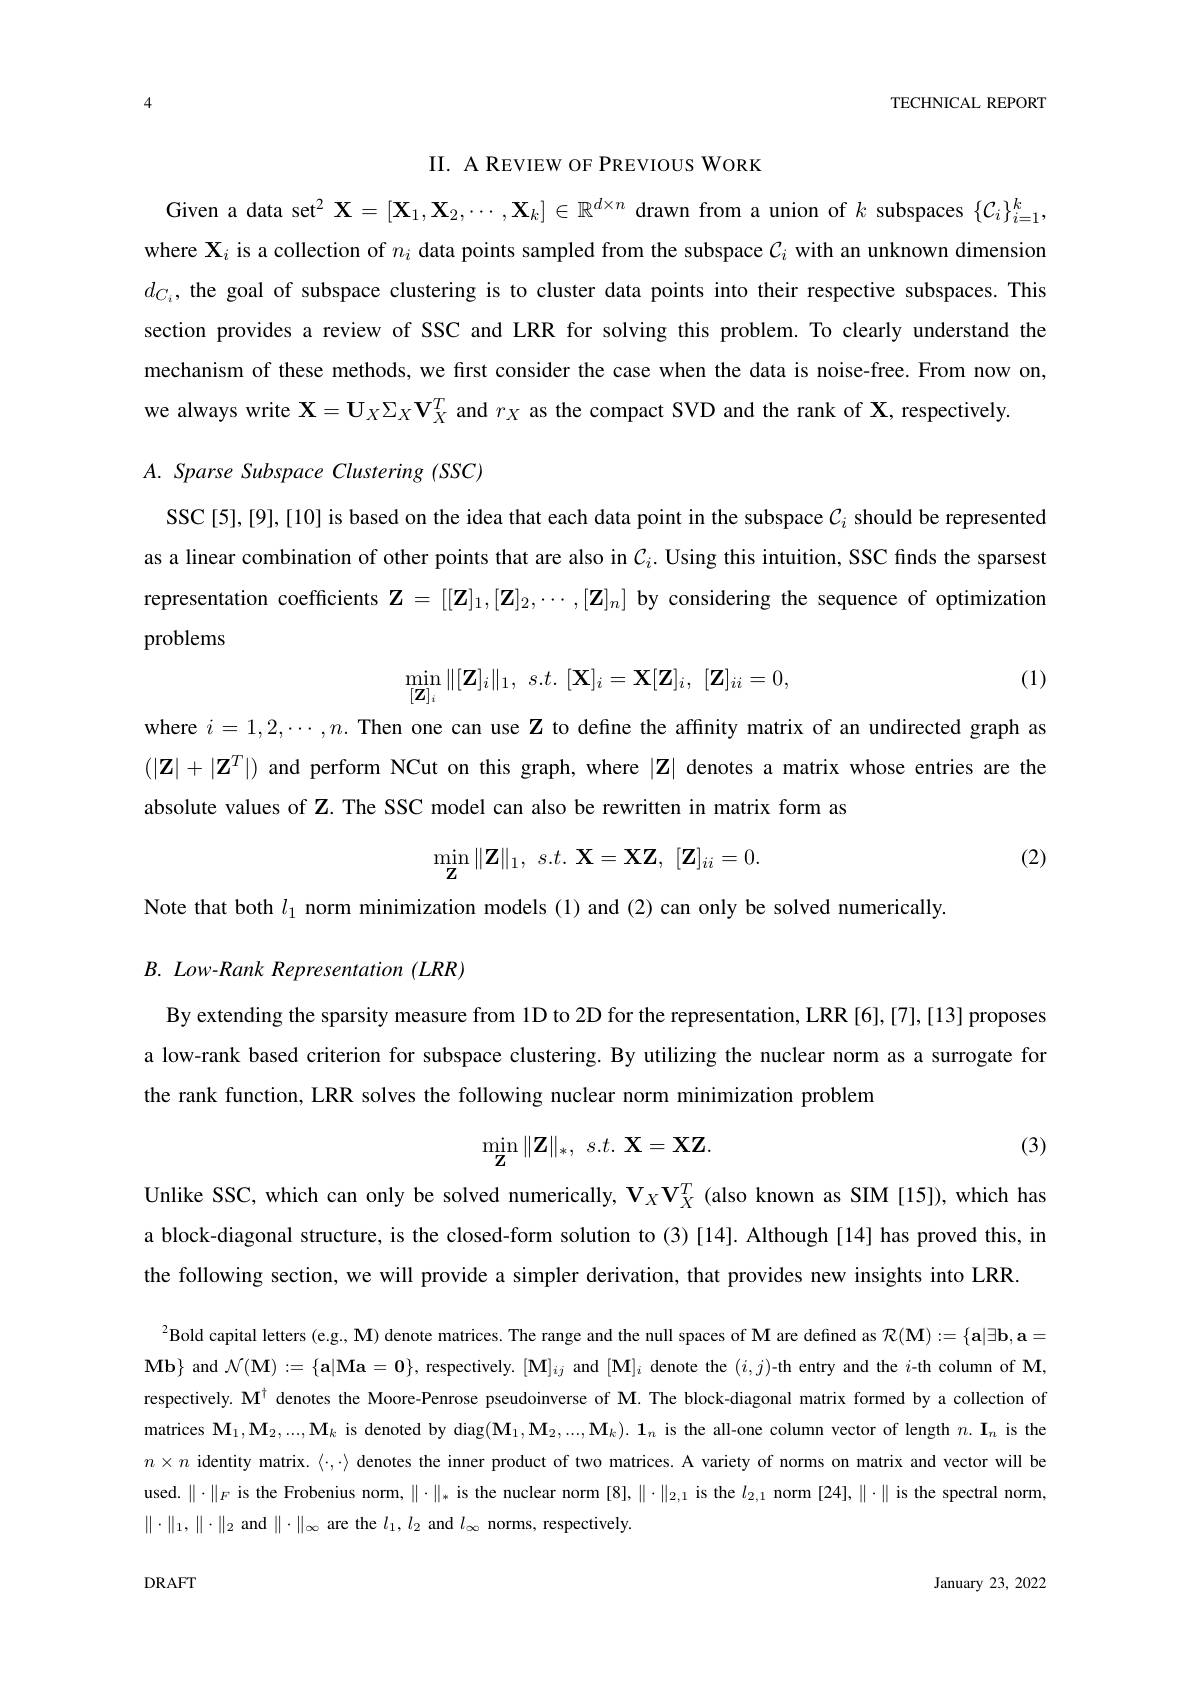
TECHNICAL REPORT

II. A REVIEW OF PREVIOUS WORK

Given a data set$^2\mathbf{X}=[\mathbf{X}_1,\mathbf{X}_2,\cdots,\mathbf{X}_k]\in\mathbb{R}^{d\times n}$ drawn from a union of $k$ subspaces $\{\mathcal{C}_i\}_{i=1}^k$, where $\mathbf{X}_i$ is a collection of $n_i$ data points sampled from the subspace $\mathcal{C}_i$ with an unknown dimension $d_{C_i}$, the goal of subspace clustering is to cluster data points into their respective subspaces. This section provides a review of SSC and LRR for solving this problem. To clearly understand the mechanism of these methods, we first consider the case when the data is noise-free. From now on, we always write $\mathbf{X}=\mathbf{U}_X\Sigma_X\mathbf{V}_X^T$ and $r_X$ as the compact SVD and the rank of X, respectively.

$A. \textit{Sparse Subspace Clustering ( SSC) }$

SSC[5],[9],[10] is based on the idea that each data point in the subspace $\mathcal{C}_i$ should be represented as a linear combination of other points that are also in $C_i.$ Using this intuition, SSC finds the sparsest representation coefficients $\mathbf{Z}=[[\mathbf{Z}]_1,[\mathbf{Z}]_2,\cdots,[\mathbf{Z}]_n]$ by considering the sequence of optimization

problems
$$\min_{[\mathbf{Z}]_i}\|[\mathbf{Z}]_i\|_1,\:s.t.\:[\mathbf{X}]_i=\mathbf{X}[\mathbf{Z}]_i,\:[\mathbf{Z}]_{ii}=0,$$
(1)

where $i=1,2,\cdots,n.$ Then one can use Z to define the affinity matrix of an undirected graph as $(|\mathbf{Z}|+|\mathbf{Z}^T|)$ and perform NCut on this graph, where $|\mathbf{Z}|$ denotes a matrix whose entries are the absolute values of Z. The SSC model can also be rewritten in matrix form as
$$\min_\mathbf{Z}\|\mathbf{Z}\|_1,\:s.t.\:\mathbf{X}=\mathbf{X}\mathbf{Z},\:[\mathbf{Z}]_{ii}=0.$$
(2)

Note that both $l_1$ norm minimization models(1) and (2)can only be solved numerically.

$B.~Low-Rank~Representation~(LRR)$

By extending the sparsity measure from 1D to 2D for the representation, LRR [6],[7],[13] proposes a low-rank based criterion for subspace clustering. By utilizing the nuclear norm as a surrogate for the rank function, LRR solves the following nuclear norm minimization problem
$$\min_\mathbf{Z}\|\mathbf{Z}\|_*,\:s.t.\:\mathbf{X}=\mathbf{X}\mathbf{Z}.$$
(3)

Unlike SSC, which can only be solved numerically, $\mathbf{V}_X\mathbf{V}_X^T$ (also known as SIM [15]), which has a block-diagonal structure, is the closed-form solution to (3)[14]. Although [14] has proved this, in the following section, we will provide a simpler derivation, that provides new insights into LRR

$^{2}$Bold capital letters (e.g., M) denote matrices. The range and the null spaces of M are defined as $\mathcal{R}(\mathbf{M}):=\{\mathbf{a}|\exists\mathbf{b},\mathbf{a}=$ $\mathbf{Mb}\}$ and $\mathcal{N}(\mathbf{M}):=\{\mathbf{a}|\mathbf{M}\mathbf{a}=\mathbf{0}\}$, respectively. $[\mathbf{M}]_ij$ and $[\mathbf{M}]_i$ denote the $(i,j)$-th entry and the $i$-th column of M, respectively. $\mathbf{M}^\dagger$ denotes the Moore-Penrose pseudoinverse of M. The block-diagonal matrix formed by a collection of matrices $\mathbf{M}_1,\mathbf{M}_2,...,\mathbf{M}_k$ is denoted by diag$(\mathbf{M}_1,\mathbf{M}_2,...,\mathbf{M}_k).\mathbf{1}_n$ is the all-one column vector of length $n.\mathbf{I}_n$ is the $n\times n$ identity matrix. $\langle\cdot,\cdot\rangle$ denotes the inner product of two matrices. A variety of norms on matrix and vector will be used.$\|\cdot\|_F$ is the Frobenius norm,$\|\cdot\|_*$ is the nuclear norm [8],$\|\cdot\|_2,1$ is the $l_2,1$ norm [24],$\|\cdot\|$ is the spectral norm, $\|\cdot\|_1,\|\cdot\|_2$ and $\|\cdot\|_\infty$ are the $l_1,l_2$ and $l_\infty$ norms, respectively

DRAFT

January 23, 2022